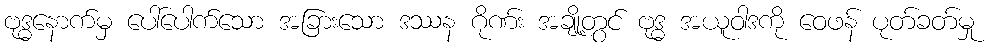
ဗုဒ္ဓနောက်မှ ပေါ်ပေါက်သော အခြားသော ဒဿန ဂိုဏ်း အချို့တွင် ဗုဒ္ဓ အယူဝါဒကို ဝေဖန် ပုတ်ခတ်မှု